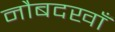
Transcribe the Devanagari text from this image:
नौबदखाँ